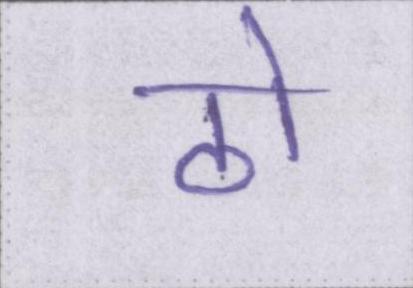
ठो